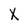
Character: X